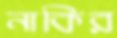
নাকির